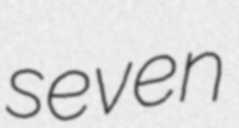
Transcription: seven